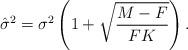
LaTeX: \begin{align*} \hat{\sigma}^2=\sigma^2\left(1+\sqrt{\frac{M-F}{FK}}\right).\end{align*}